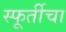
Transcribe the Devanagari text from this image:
स्फूर्तीचा